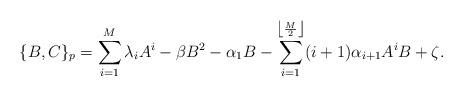
LaTeX: \begin{align*}\{B,C\}_{p}=\sum_{i=1}^{M}\lambda_{i}A^{i}-\beta B^{2}-\alpha_{1}B-\sum_{i=1}^{\left\lfloor\frac{M}{2}\right\rfloor}(i+1)\alpha_{i+1}A^{i}B+\zeta. \end{align*}